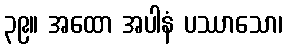
၃၉။ အထော အပါနံ ပဿာသော၊